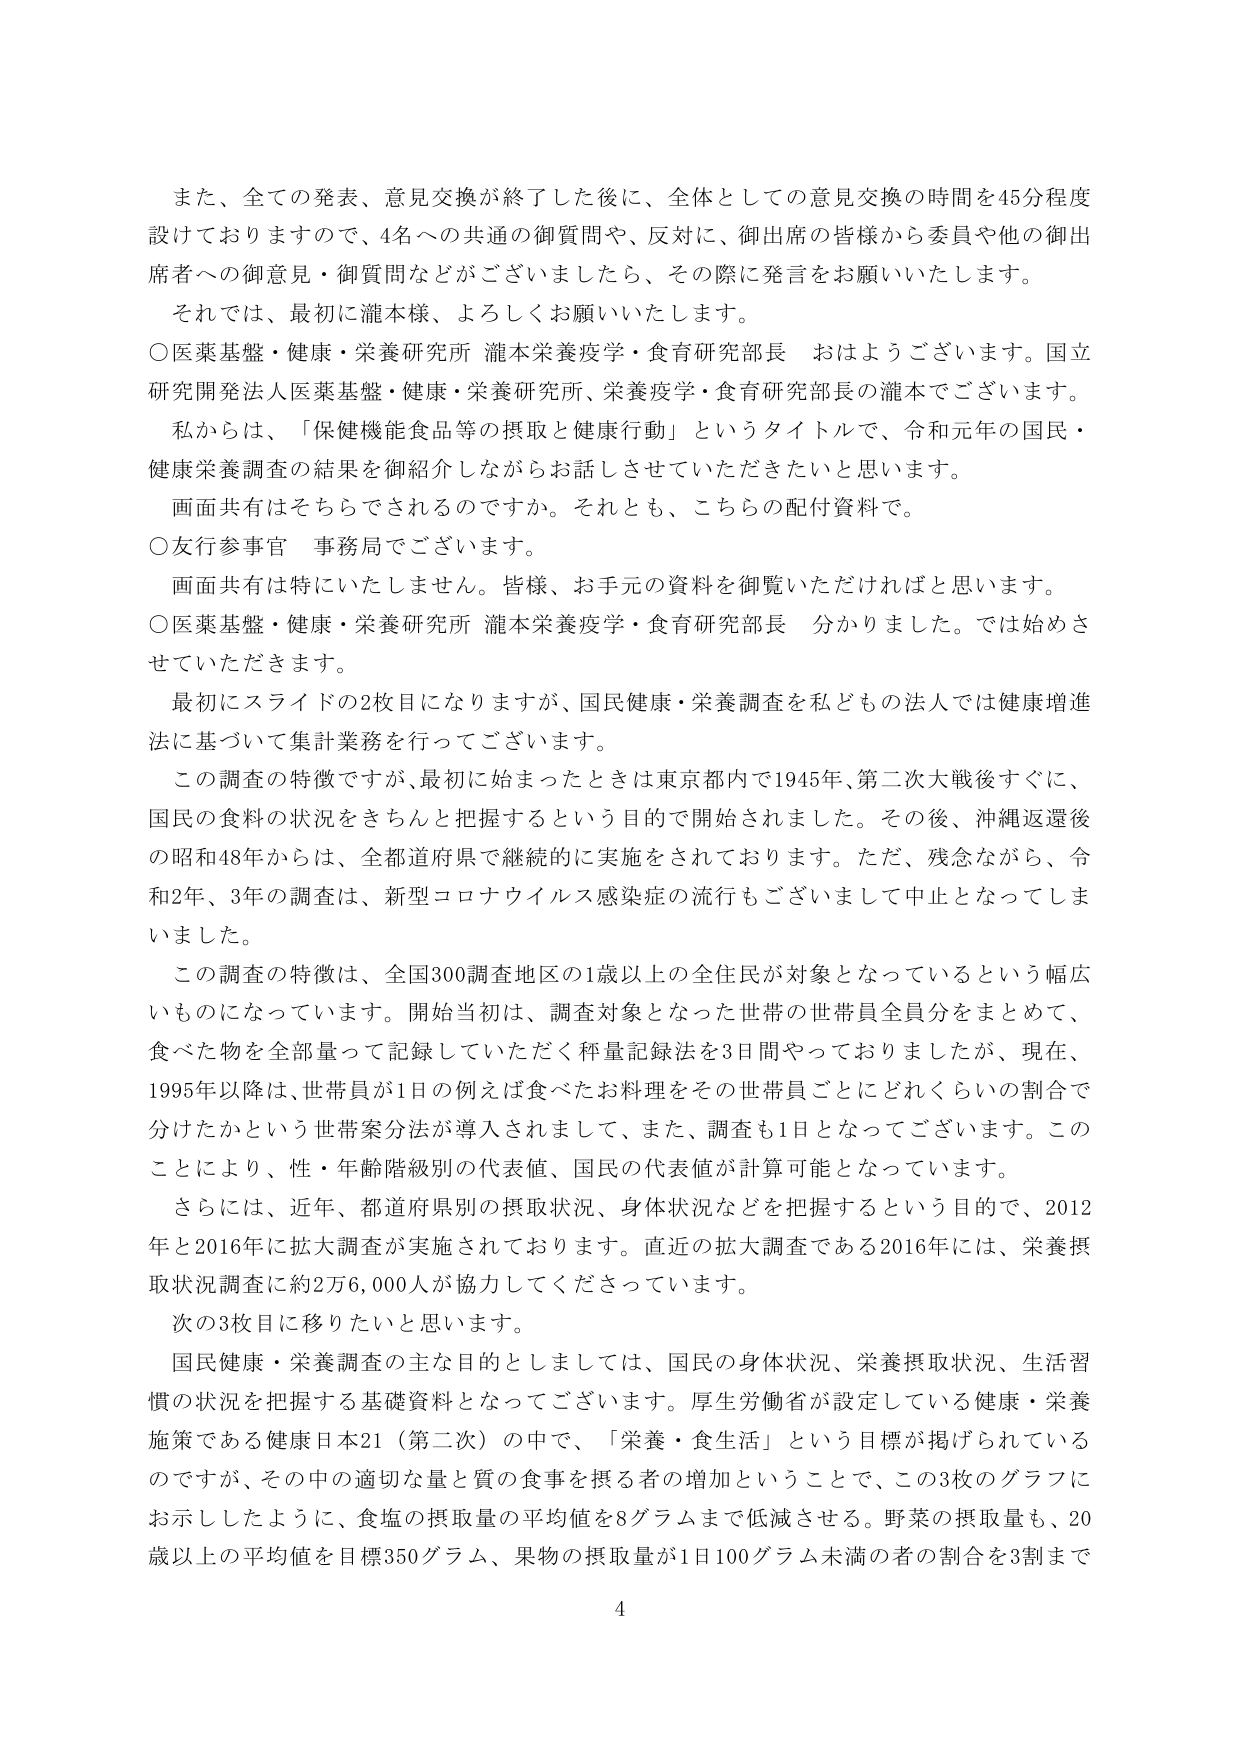
また、全ての発表、意見交換が終了した後に、全体としての意見交換の時間を45分程度設けておりますので、4名への共通の御質問や、反対に、御出席の皆様から委員や他の御出席者への御意見・御質問などがございましたら、その際に発言をお願いいたします。

それでは、最初に瀧本様、よろしくお願いいたします。

〇医薬基盤・健康・栄養研究所 瀧本栄養疫学・食育研究部長 おはようございます。国立研究開発法人医薬基盤・健康・栄養研究所、栄養疫学・食育研究部長の瀧本でございます。

私からは、「保健機能食品等の摂取と健康行動」というタイトルで、令和元年の国民・健康栄養調査の結果を御紹介しながらお話しさせていただきたいと思います。

画面共有はそちらでされるのですか。それとも、こちらの配付資料で。

〇友行参事官 事務局でございます。

画面共有は特にいたしません。皆様、お手元の資料を御覧いただければと思います。

〇医薬基盤・健康・栄養研究所 瀧本栄養疫学・食育研究部長 分かりました。では始めさせていただきます。

最初にスライドの2枚目になりますが、国民健康・栄養調査を私どもの法人では健康増進法に基づいて集計業務を行っております。

この調査の特徴ですが、最初に始まったときは東京都内で1945年、第二次大戦後すぐに、国民の食料の状況をきちんと把握するという目的で開始されました。その後、沖縄返還後の昭和48年からは、全都道府県で継続的に実施をされております。ただ、残念ながら、令和2年、3年の調査は、新型コロナウイルス感染症の流行もございまして中止となってしまいました。

この調査の特徴は、全国300調査地区の1歳以上の全住民が対象となっているという幅広いものになっています。開始当初は、調査対象となった世帯の世帯員全員分をまとめて、食べた物を全部量って記録していただく秤量記録法を3日間やっておりましたが、現在、1995年以降は、世帯員が1日の例えば食べたお料理をその世帯員ごとにどれくらいの割合で分けたかという世帯案分法が導入されまして、また、調査も1日となってございます。このことにより、性・年齢階級別の代表値、国民の代表値が計算可能となっています。

さらには、近年、都道府県別の摂取状況、身体状況などを把握するという目的で、2012年と2016年に拡大調査が実施されております。直近の拡大調査である2016年には、栄養摂取状況調査に約2万6,000人が協力してくださっています。

次の3枚目に移りたいと思います。

国民健康・栄養調査の主な目的としましては、国民の身体状況、栄養摂取状況、生活習慣の状況を把握する基礎資料となってございます。厚生労働省が設定している健康・栄養施策である健康日本21（第二次）の中で、「栄養・食生活」という目標が掲げられているのですが、その中の適切な量と質の食事を摂る者の増加ということで、この3枚のグラフにお示ししたように、食塩の摂取量の平均値を8グラムまで低減させる。野菜の摂取量も、20歳以上の平均値を目標350グラム、果物の摂取量が1日100グラム未満の者の割合を3割まで

4